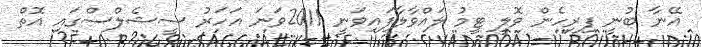
އޭނާ ބުނީ ފިރިހެން ވޮލީ ޓީމު ލައްވާލާފައިވަނީ 2011ވަނަ އަހަރު ސީޝެލްސްގައި އޮތް